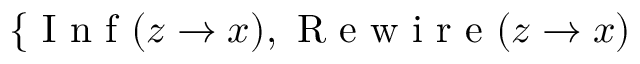
\{ \ensuremath { \mathrm { ~ I ~ n ~ f ~ } } ( z \to x ) , \ensuremath { \mathrm { ~ R ~ e ~ w ~ i ~ r ~ e ~ } } ( z \to x )